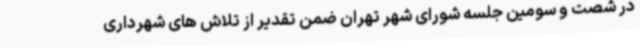
در شصت و سومین جلسه شورای شهر تهران ضمن تقدیر از تلاش های شهرداری